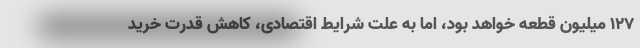
۱۲۷ میلیون قطعه خواهد بود، اما به علت شرایط اقتصادی، کاهش قدرت خرید